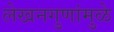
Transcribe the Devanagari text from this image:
लेखनगुणांमुळे